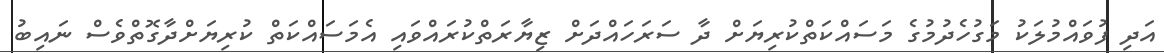
އަދި ފުވައްމުލަކު މަގުހެދުމުގެ މަސައްކަތްކުރިޔަށް ދާ ސަރަހައްދަށް ޒިޔާރަތްކުރައްވައި އެމަސައްކަތް ކުރިޔަށްދާގޮތްވެސް ނައިބު